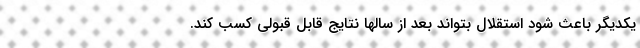
یکدیگر باعث شود استقلال بتواند بعد از سالها نتایج قابل قبولی کسب کند.